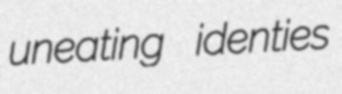
uneating identies